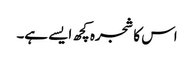
اس کا شجرہ کچھ ایسے ہے۔